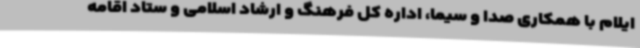
ایلام با همکاری صدا و سیما، اداره کل فرهنگ و ارشاد اسلامی و ستاد اقامه